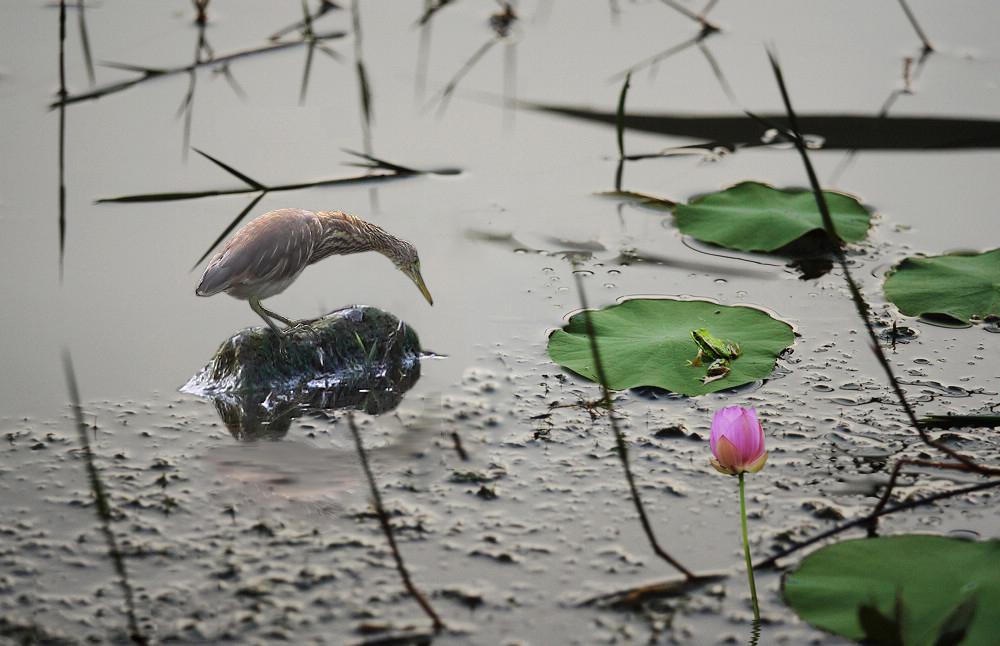
风絮飘残已化萍，泥莲刚倩藕丝萦。